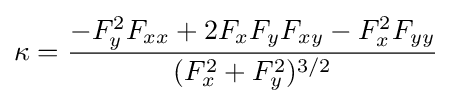
\kappa ={\frac {-F_{y}^{2}F_{xx}+2F_{x}F_{y}F_{xy}-F_{x}^{2}F_{yy}}{(F_{x}^{2}+F_{y}^{2})^{3/2}}}